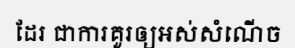
ដែរ ជាការគួរឲ្យអស់សំណើច